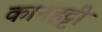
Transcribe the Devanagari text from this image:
कानहट्टी